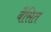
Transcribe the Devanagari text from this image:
बैसित